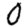
Digit: 0